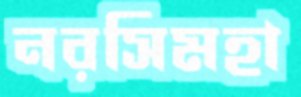
নরসিমহা